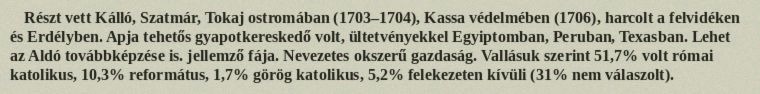
Részt vett Kálló, Szatmár, Tokaj ostromában (1703–1704), Kassa védelmében (1706), harcolt a felvidéken és Erdélyben. Apja tehetős gyapotkereskedő volt, ültetvényekkel Egyiptomban, Peruban, Texasban. Lehet az Aldó továbbképzése is. jellemző fája. Nevezetes okszerű gazdaság. Vallásuk szerint 51,7% volt római katolikus, 10,3% református, 1,7% görög katolikus, 5,2% felekezeten kívüli (31% nem válaszolt).